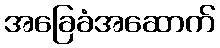
အခြေခံအဆောက်